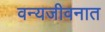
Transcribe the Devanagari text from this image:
वन्यजीवनात